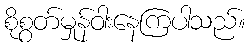
စိုစွတ်မှုန်ဝါးနေကြပါသည်။